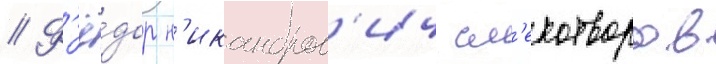
// Ф'ё́дор н'икандров'ич см'ехотворов